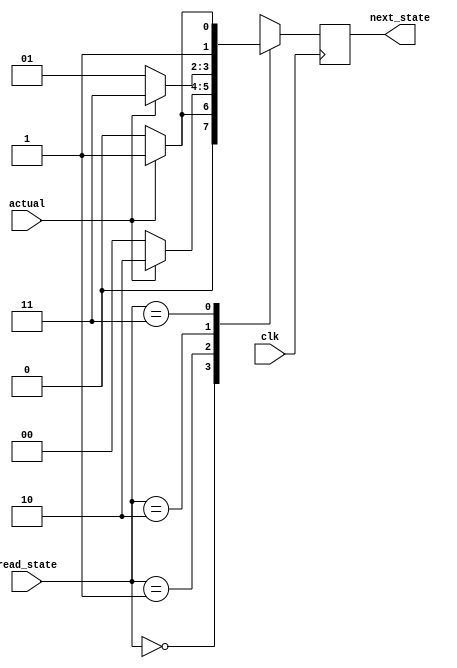
`timescale 1ns / 1ps
//////////////////////////////////////////////////////////////////////////////////
// Company: 
// Engineer: 
// 
// Design Name: 
// Module Name: fsm
// Project Name: 
// Target Devices: 
// Tool Versions: 
// Description: 
// 
// Dependencies: 
// 
// Revision:
// Revision 0.01 - File Created
// Additional Comments:
// 
//////////////////////////////////////////////////////////////////////////////////

/* Moore Machine - Output is the state itself. */

module fsm(
    actual,
    read_state,
    clk,
    next_state
    );
    
    parameter STRONGLY_NOT_TAKEN = 2'b00;
    parameter WEAKLY_NOT_TAKEN = 2'b01;
    parameter WEAKLY_TAKEN = 2'b10;
    parameter STRONGLY_TAKEN = 2'b11;
    parameter TAKEN = 1'b1;
    parameter NOT_TAKEN = 1'b0;
    
    input actual;
    input [1:0] read_state;
    input clk;
    
    output reg [1:0] next_state;
    
    
    always @ (posedge clk) begin    
        next_state = 2'b00;
        
        case (read_state)
            STRONGLY_NOT_TAKEN: 
            begin
                if (actual == TAKEN)
                    next_state = WEAKLY_NOT_TAKEN;
                else
                    next_state = STRONGLY_NOT_TAKEN;
            end
		
			WEAKLY_NOT_TAKEN:
			begin
				if (actual == TAKEN)
					next_state = WEAKLY_TAKEN;
				else
					next_state = STRONGLY_NOT_TAKEN;
			end
			
			WEAKLY_TAKEN:
			begin
				if (actual == TAKEN)
					next_state = STRONGLY_TAKEN;
				else
					next_state = WEAKLY_NOT_TAKEN;
			end
			
			STRONGLY_TAKEN:
			begin
				if (actual == TAKEN)
					next_state = STRONGLY_TAKEN;
				else
					next_state = WEAKLY_TAKEN;
			end
			
			default:
			begin
				next_state = 2'b00;
			end
			
        endcase
		
    end
    
endmodule